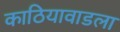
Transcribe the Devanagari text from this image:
काठियावाडला